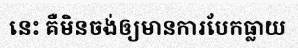
នេះ គឺមិនចង់ឲ្យមានការបែកធ្លាយ